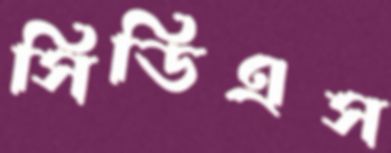
সিডিএস